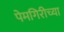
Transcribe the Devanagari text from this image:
पेमगिरीच्या